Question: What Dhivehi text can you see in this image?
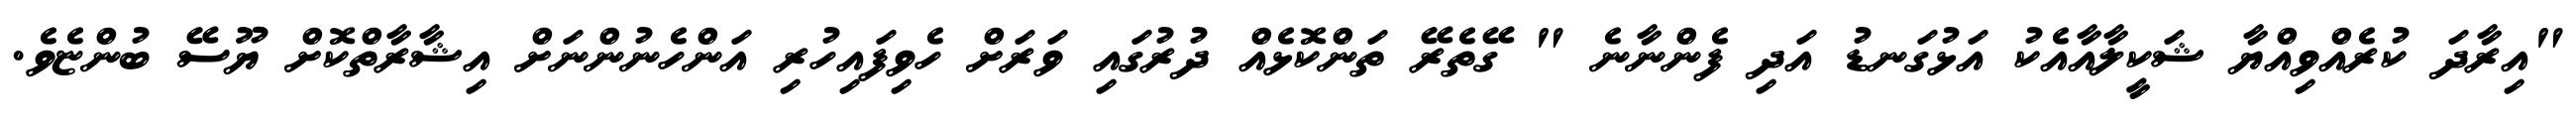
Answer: "އިރާދަ ކުރެއްވިއްޔާ ޝަކީލާއާއެކު އަޅުގަނޑު އަދި ފެންނާނެ " ގޭތެރޭ ތަންކޮޅެއް ދުރުގައި ވަރަށް ހެވިފައިހުރި އަންހެނުންނަށް އިޝާރާތްކޮށް ޔޫސޭ ބުންޏެވެ.